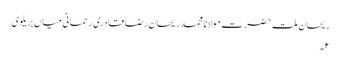
ریحان ملت حضرت مولانا محمد ریحان رضا قادری رحمانی میاں بریلوی
۲۔